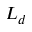
L _ { d }